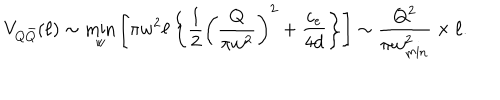
LaTeX: V _ { Q \bar { Q } } ( \ell ) \sim \min _ { w } \left[ \pi w ^ { 2 } \ell \left\{ \frac { 1 } { 2 } \left( \frac { Q } { \pi w ^ { 2 } } \right) ^ { 2 } + \frac { c _ { e } } { 4 d } \right\} \right] \sim \frac { Q ^ { 2 } } { \pi w _ { \mathrm { m i n } } ^ { 2 } } \times \ell .